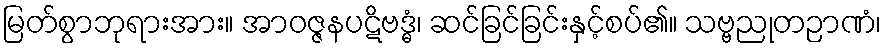
မြတ်စွာဘုရားအား။ အာဝဇ္ဇနပဋိဗဒ္ဓံ၊ ဆင်ခြင်ခြင်းနှင့်စပ်၏။ သဗ္ဗညုတဉာဏံ၊